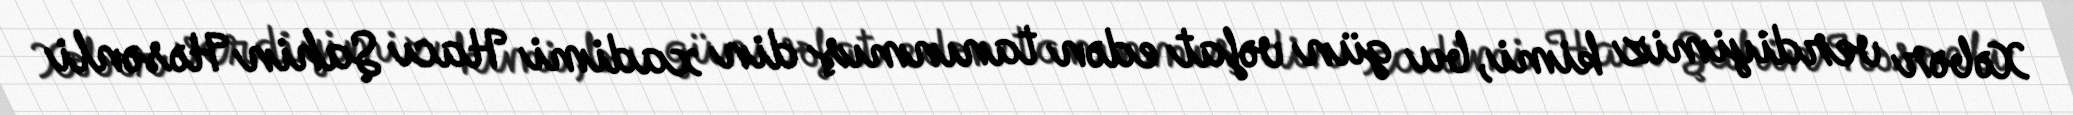
Xəbər verdiyimiz kimi, bu gün vəfat edən tanınmış din xadimi Hacı Şahin Həsənli